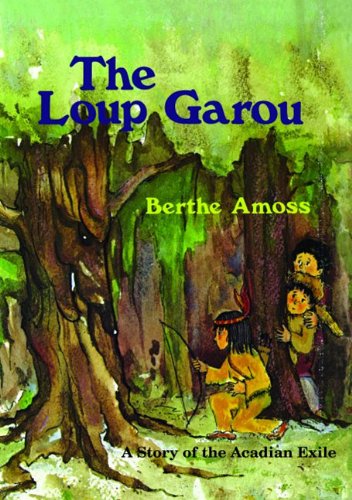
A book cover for Loup Garou, The; Berthe Amoss; Children's Books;